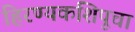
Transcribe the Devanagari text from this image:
हिरण्यकशिपूचा